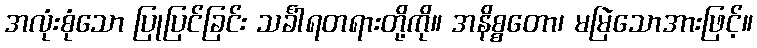
အလုံးစုံသော ပြုပြင်ခြင်း သင်္ခါရတရားတို့ကို။ အနိစ္စတော၊ မမြဲသောအားဖြင့်။